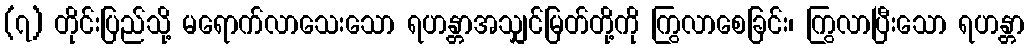
(၇) တိုင်းပြည်သို့ မရောက်လာသေးသော ရဟန္တာအသျှင်မြတ်တို့ကို ကြွလာစေခြင်း၊ ကြွလာပြီးသော ရဟန္တာ